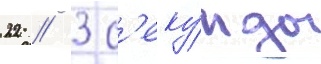
22 / 3 с'еку́нды